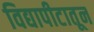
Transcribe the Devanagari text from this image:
विद्यापीटातून